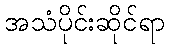
အသံပိုင်းဆိုင်ရာ